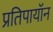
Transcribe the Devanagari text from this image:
प्रतिपायॉन